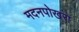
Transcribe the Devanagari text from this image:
मदनपोखरा